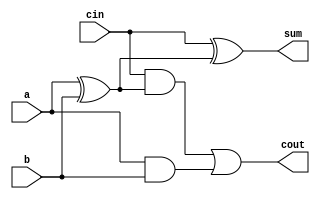
module add1 ( input a, input b, input cin,   output sum, output cout );
    assign sum  = cin ^ ( a^ b);
    assign cout = (cin &(a^b)) | (a&b);
    
endmodule

module top_module(input [7:0] a,input [7:0] b, output [7:0] sum, output cout);
    wire x1,x2,x3,x4,x5,x6,x7;
    add1 d1(a[0],b[0],1'b0,sum[0],x1);
    add1 d2(a[1],b[1],x1,sum[1],x2);
    add1 d3(a[2],b[2],x2,sum[2],x3);
    add1 d4(a[3],b[3],x3,sum[3],x4);
    add1 d5(a[4],b[4],x4,sum[4],x5);
    add1 d6(a[5],b[5],x5,sum[5],x6);
    add1 d7(a[6],b[6],x6,sum[6],x7);
    add1 d8(a[7],b[7],x7,sum[7],cout);
    
endmodule

module test;
    reg [7:0] A,B;
    wire D;
    wire [7:0] C;
    
    
    top_module dut(.a(A), .b(B), .sum(C), .cout(D) );
    initial begin
           A = 8'b00101010 ; B = 8'b00000001;
        #1 $display ("A = %b , B = %b , SUM = %b, CARRY = %b" , A,B,C,D);

        #1 A = 8'b00101001 ; B = 8'b00000001;
        #1 $display ("A = %b , B = %b , SUM = %b, CARRY = %b" , A,B,C,D);

        #1 A = 8'b10101001 ; B = 8'b11000001;
        #1 $display ("A = %b , B = %b , SUM = %b, CARRY = %b" , A,B,C,D);

        #1 A = 8'b00101010 ; B = 8'b10100001;
        #1 $display ("A = %b , B = %b , SUM = %b, CARRY = %b" , A,B,C,D);

        #1 A = 8'b00101001 ; B = 8'b00110001;
        #1 $display ("A = %b , B = %b , SUM = %b, CARRY = %b" , A,B,C,D);

        #1 A = 8'b11101001 ; B = 8'b01111101;
        #1 $display ("A = %b , B = %b , SUM = %b, CARRY = %b" , A,B,C,D);

        #1 A = 8'b00100001 ; B = 8'b00000000;
        #1 $display ("A = %b , B = %b , SUM = %b, CARRY = %b" , A,B,C,D);

        #1 A = 8'b10101001 ; B = 8'b10101001;
        #1 $display ("A = %b , B = %b , SUM = %b, CARRY = %b" , A,B,C,D);

        #1 A = 8'b11011001 ; B = 8'b00101000;
        #1 $display ("A = %b , B = %b , SUM = %b, CARRY = %b" , A,B,C,D);

        #1 A = 8'b11111111 ; B = 8'b11111111;
        #1 $display ("A = %b , B = %b , SUM = %b, CARRY = %b" , A,B,C,D);
        
        $stop;
    end
endmodule